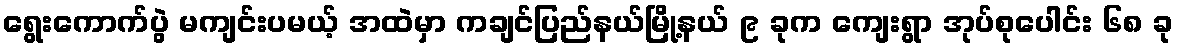
ရွေးကောက်ပွဲ မကျင်းပမယ့် အထဲမှာ ကချင်ပြည်နယ်မြို့နယ် ၉ ခုက ကျေးရွာ အုပ်စုပေါင်း ၆၈ ခု